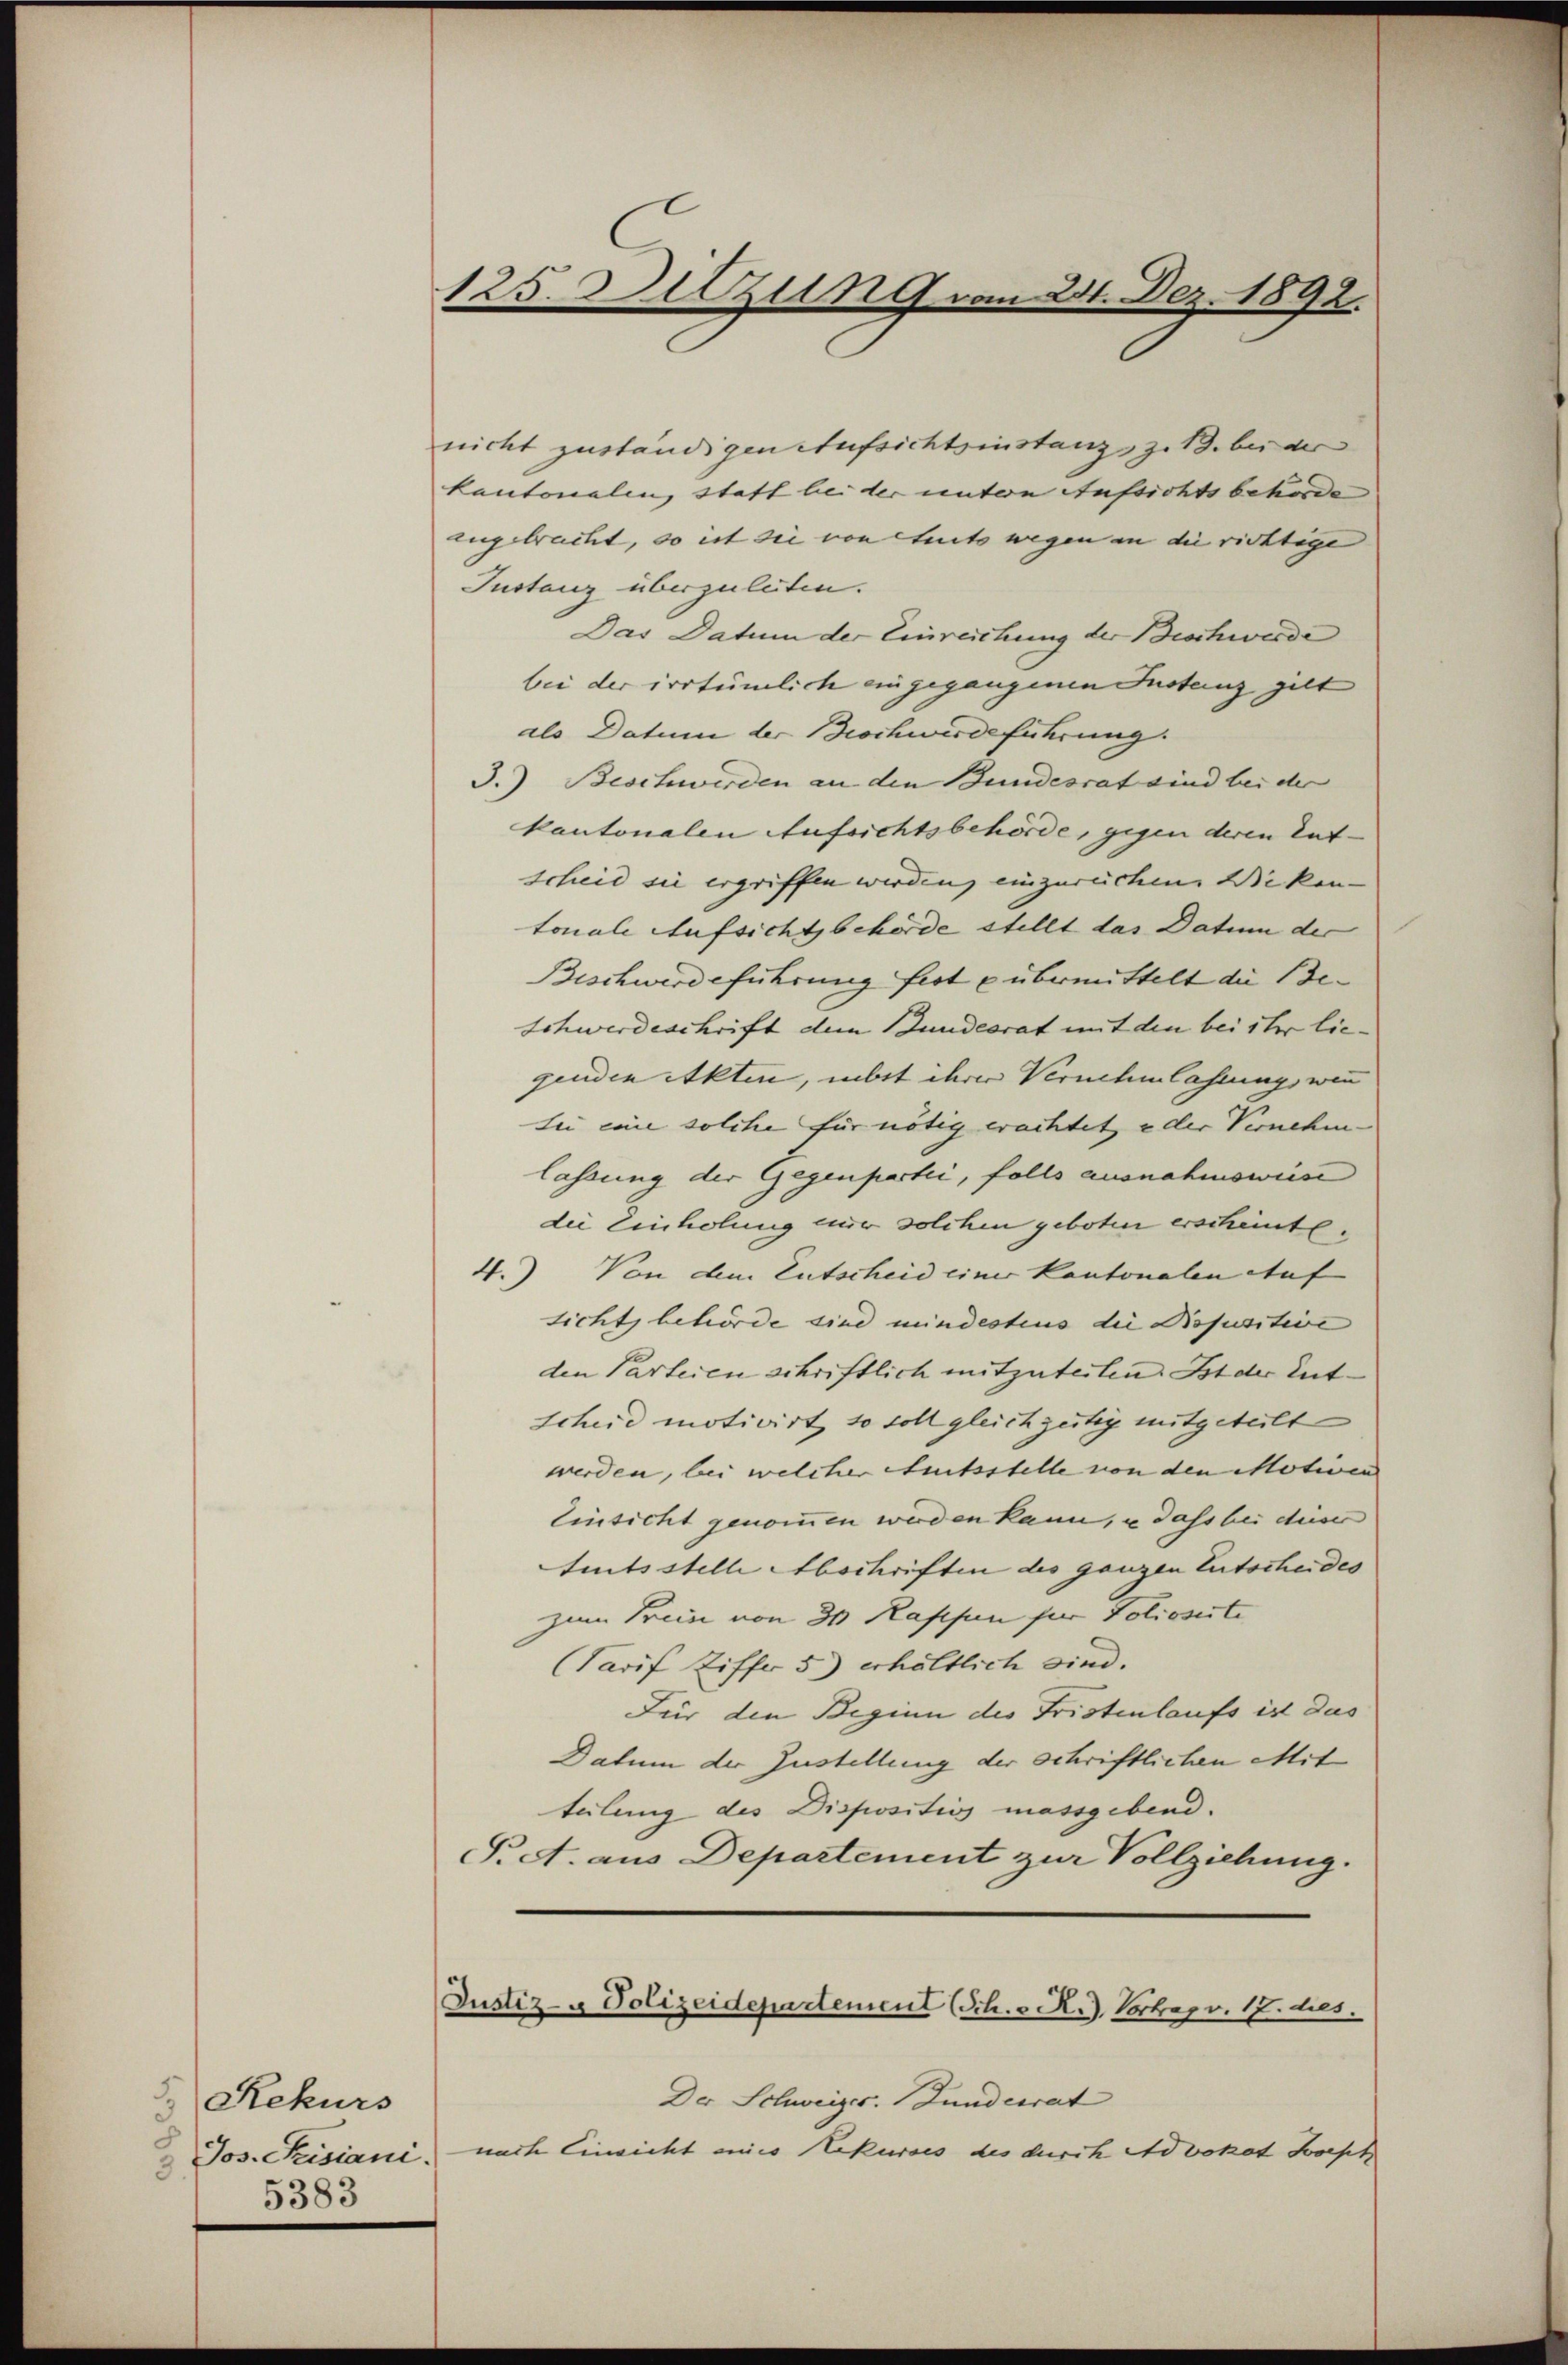
Rekurs
5
3.
5383

125. Sitzung vom 21. Dez. 1892.

nicht zuständigen Aufsichtsinstanz, z. B. bei der
kantonalen, statt bei der untern Aufsichtsbehörde
angebracht, so ist sie von Seits wegen an die richtige |
Instanz überzuleiten.
Das Datum der Einreichung der Beschwerde
bei der irrtümlich eingegangenen Instanz gilt
als Datum der Brochwirdeführung
3.) Beschwerden an den Bundesrat sind bei der
kantonalen Aufsichtsbehörde, gegen deren Entscheid sie ergriffen werden, einzureichen Stiken- |
tonale Aufsichtsbehörde stellt das Datum der
Beschwerdeführung fert u übermittelt die Be-
Schwerdeschrift dem Bundesrat mit den bei ihr liegenden Akten, nebst ihrer Vernehmlassung, wenn
sie eine solche für nötig erachtet, oder Vernehm
lassung der Gegenpartei, falls ausnahmswiese
die Einholung einer solchen geboten erscheinte.
4.) Von dem Entscheid einer Kantonalen Auf
sicht behörde sind mindestius die Dispositive
den Parteien schriftlich mitzuteilen. Ist der Ent¬
Scheid motivirt, so soll gleichzeitig mitgeteilt
werden, bei welcher Seitsstelle von den Motiven |
Einsicht genommen werden kann, u dass bei dieser
tütsstelle Abschriften des ganzen Entscheides
zum Trien von 30 Kassen für Folioseite
Tarif Ziffer 5) erhältlich sind.
Für den Beginn des Fristenlaufs ist das
Datum der Zustellung der schriftlichen Mit
teilung des Dispositios massgebend.
T. A. aus Departement zur Vollziehung.
Justiz- & Polizeidepartement (Sch. v. R. Vortrag v. 17. dies
Der Schweizer. Gundesrat
Jos. Cisiani, nach Einsicht eines Rekurses des durch Advokat Sept